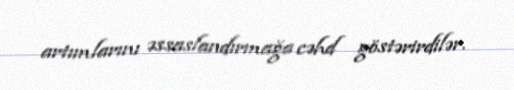
artımlarını əssaslandırmağa cəhd göstərirdilər.